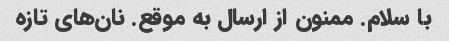
با سلام. ممنون از ارسال به موقع. نان‌های تازه